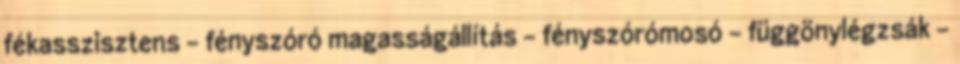
fékasszisztens – fényszóró magasságállítás – fényszórómosó – függönylégzsák –